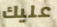
عليك